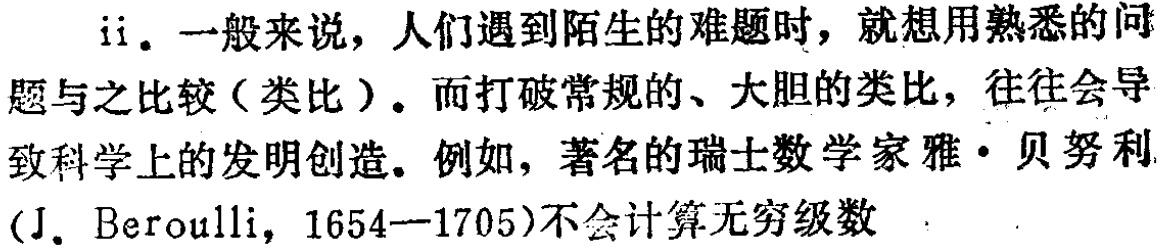
ii. 一般来说，人们遇到陌生的难题时，就想用熟悉的问题与之比较（类比）。而打破常规的、大胆的类比，往往会导致科学上的发明创造。例如，著名的瑞士数学家雅·贝努利（J. Beroulli, 1654--1705）不会计算无穷级数